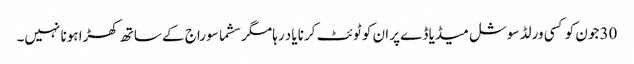
30 جون کو کسی ورلڈ سوشل میڈیا ڈےپر ان کو ٹوئٹ کرنا یاد رہا مگر سشما سوراج کے ساتھ کھڑا ہونا نہیں۔